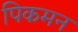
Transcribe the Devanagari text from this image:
पिकमन